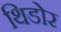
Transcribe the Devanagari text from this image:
थिडोर